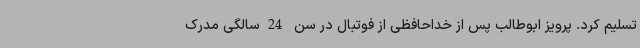
تسلیم کرد. پرویز ابوطالب پس از خداحافظی از فوتبال در سن 24سالگی مدرک